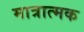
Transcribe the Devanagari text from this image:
मात्रात्‍मक